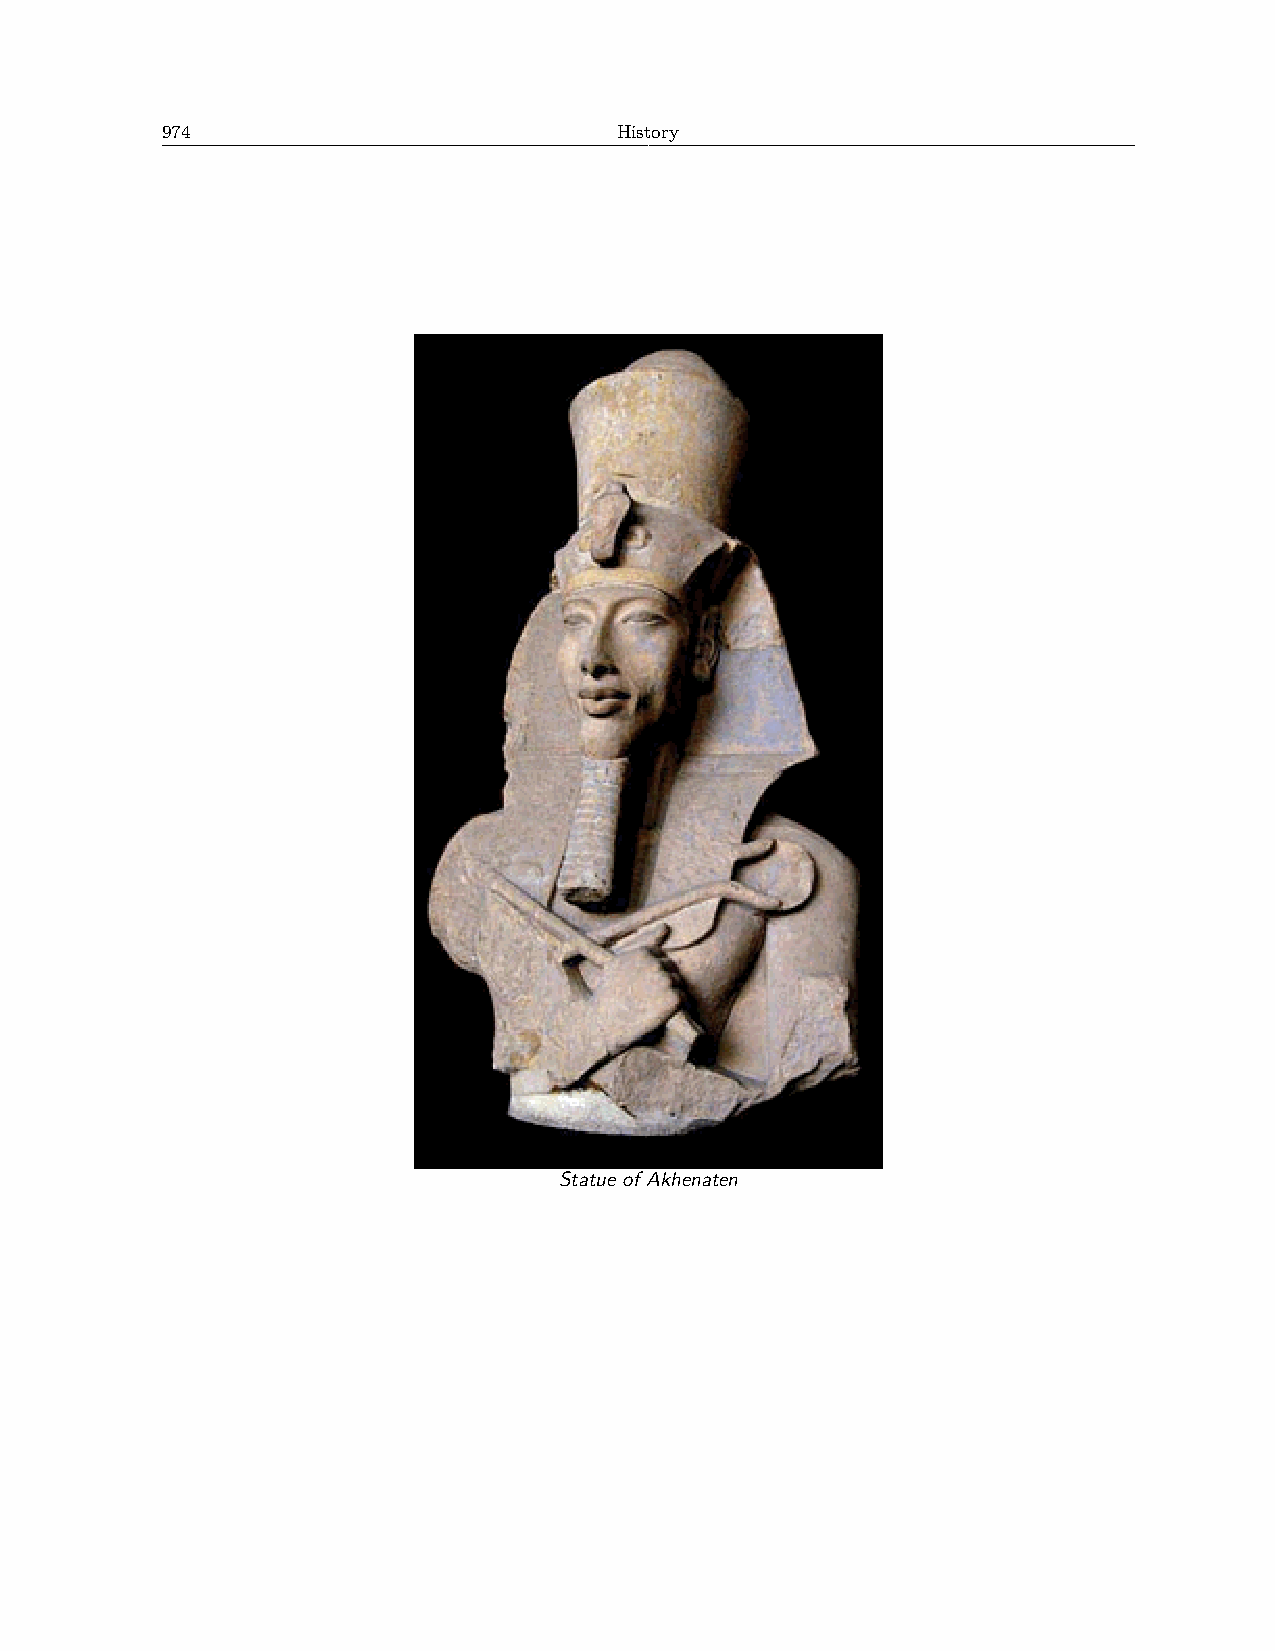
974                           History
 Statue of Akhenaten